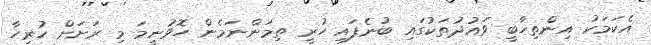
އެކަމަކު އިންތިޚާބީ ވައުދުތަކުގައި ބުނެފައި ހުރީ ތިމަންނަމެން ހޮވުނީމަ މި ރަށަށް ހުރިހާ